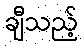
ချီသည့်